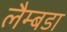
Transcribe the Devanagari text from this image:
लैम्बडा